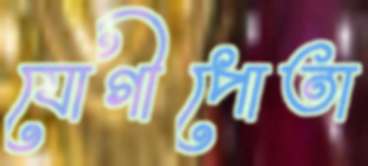
যোগীপোতা